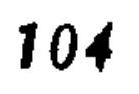
104